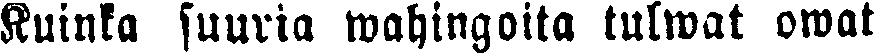
Kuinka suuria wahingoita tulwat owat